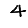
Digit: 4